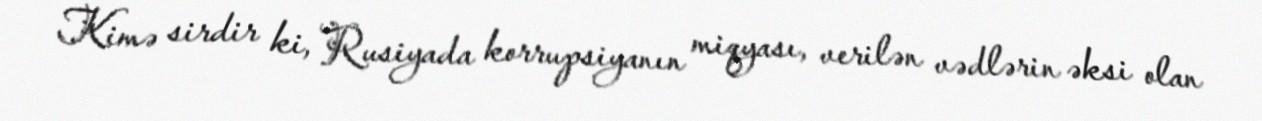
Kimə sirdir ki, Rusiyada korrupsiyanın miqyası, verilən vədlərin əksi olan